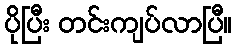
ပိုပြီး တင်းကျပ်လာပြီ။